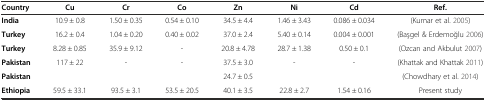
<table><thead><tr><td><b>Country</b></td><td><b>Cu</b></td><td><b>Cr</b></td><td><b>Co</b></td><td><b>Zn</b></td><td><b>Ni</b></td><td><b>Cd</b></td><td><b>Ref.</b></td></tr></thead><tbody><tr><td><b>India</b></td><td>10<i>.</i>9 ± 0.8</td><td>1.50 ± 0.35</td><td>0.54 ± 0.10</td><td>34.5 ± 4.4</td><td>1.46 ± 3.43</td><td>0.086 ± 0.034</td><td>(Kumar et al. 2005)</td></tr><tr><td><b>Turkey</b></td><td>16.2 ± 0.4</td><td>1.04 ± 0.20</td><td>0.40 ± 0.02</td><td>37.0 ± 2.4</td><td>5.40 ± 0.14</td><td>0.004 ± 0.001</td><td>(Başgel &amp; Erdemoğlu 2006)</td></tr><tr><td><b>Turkey</b></td><td>8.28 ± 0.85</td><td>35.9 ± 9.12</td><td>-</td><td>20.8 ± 4.78</td><td>28.7 ± 1.38</td><td>0.50 ± 0.1</td><td>(Ozcan and Akbulut 2007)</td></tr><tr><td><b>Pakistan</b></td><td>117 ± 22</td><td>-</td><td>-</td><td>37.5 ± 3.0</td><td>-</td><td>-</td><td>(Khattak and Khattak 2011)</td></tr><tr><td><b>Pakistan</b></td><td></td><td></td><td></td><td>24.7 ± 0.5</td><td></td><td></td><td>(Chowdhary et al. 2014)</td></tr><tr><td><b>Ethiopia</b></td><td>59.5 ± 33.1</td><td>93.5 ± 3.1</td><td>53.5 ± 20.5</td><td>40.1 ± 3.5</td><td>22.8 ± 2.7</td><td>1.54 ± 0.16</td><td>Present study</td></tr></tbody></table>